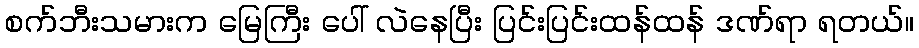
စက်ဘီးသမားက မြေကြီး ပေါ် လဲနေပြီး ပြင်းပြင်းထန်ထန် ဒဏ်ရာ ရတယ်။